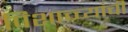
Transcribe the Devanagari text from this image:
पिशाच्च्यांची